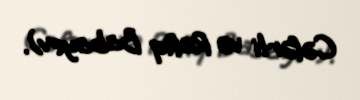
Cəfərli və Rafiq Babayev).